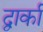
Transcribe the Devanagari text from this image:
द्वार्का